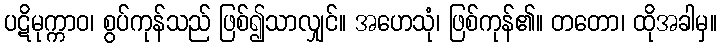
ပဋိမုက္ကာဝ၊ စွပ်ကုန်သည် ဖြစ်၍သာလျှင်။ အဟေသုံ၊ ဖြစ်ကုန်၏။ တတော၊ ထိုအခါမှ။